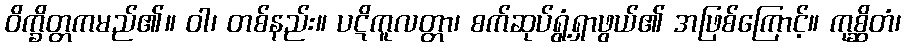
ဝိက္ခိတ္တကမည်၏။ ဝါ၊ တစ်နည်း။ ပဋိကူလတ္တာ၊ စက်ဆုပ်ရွံ့ရှာဖွယ်၏ အဖြစ်ကြောင့်။ ကုစ္ဆိတံ၊